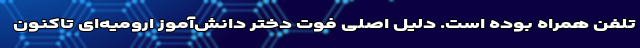
تلفن همراه بوده است. دلیل اصلی فوت دختر دانش‌آموز ارومیه‌ای تاکنون